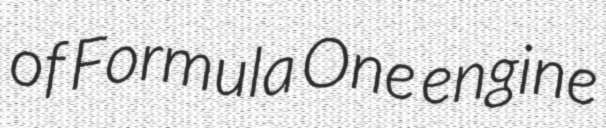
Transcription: of Formula One engine